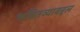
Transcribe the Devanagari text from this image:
भवितव्याबद्दल